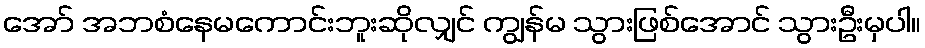
အော် အဘစံနေမကောင်းဘူးဆိုလျှင် ကျွန်မ သွားဖြစ်အောင် သွားဦးမှပါ။